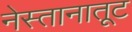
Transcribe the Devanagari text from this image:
नेस्तानातूट